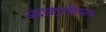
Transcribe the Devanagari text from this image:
अंदाजपत्रकिय